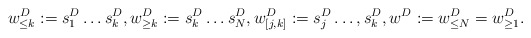
\begin{align*}w^D_{\leq k} := s_1^D \ldots s_k^D, w^D_{\geq k} := s_k^D \ldots s_N^D, w^D_{[j,k]} := s_j^D \ldots, s_k^D, w^D := w^D_{\leq N} = w^D_{\geq 1}. \end{align*}